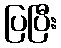
ပြပြီး